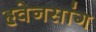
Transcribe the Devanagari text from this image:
हृवेनसांग